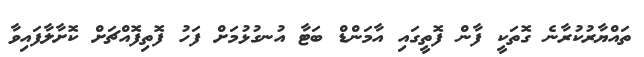
ތައްޔާރުކުރާނެ ގޮތަކީ ފާން ފޮތީގައި އާމަންޑް ބަޓާ އުނގުޅުމަށް ފަހު ފޮތިފޮއްޗަށް ކޮށާލާފައިވާ